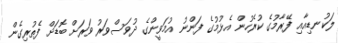
ލަކުނޑިއާއި ފޭރާމުގެ ކުރެހުން އެޅުމުގެ ފަންނު އުމަވީންގެ ދުވަސްވަރު ވަރަށް ބޮޑަށް ފެތުރިގެން